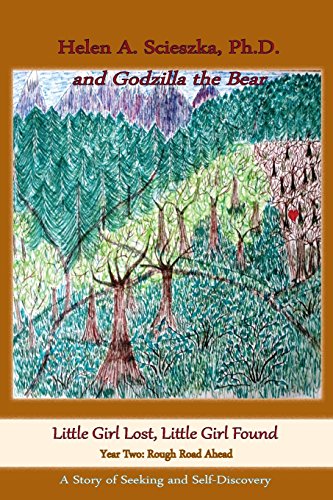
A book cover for Little Girl Lost Little Girl Found Year Two; Helen Scieszka; Health, Fitness & Dieting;